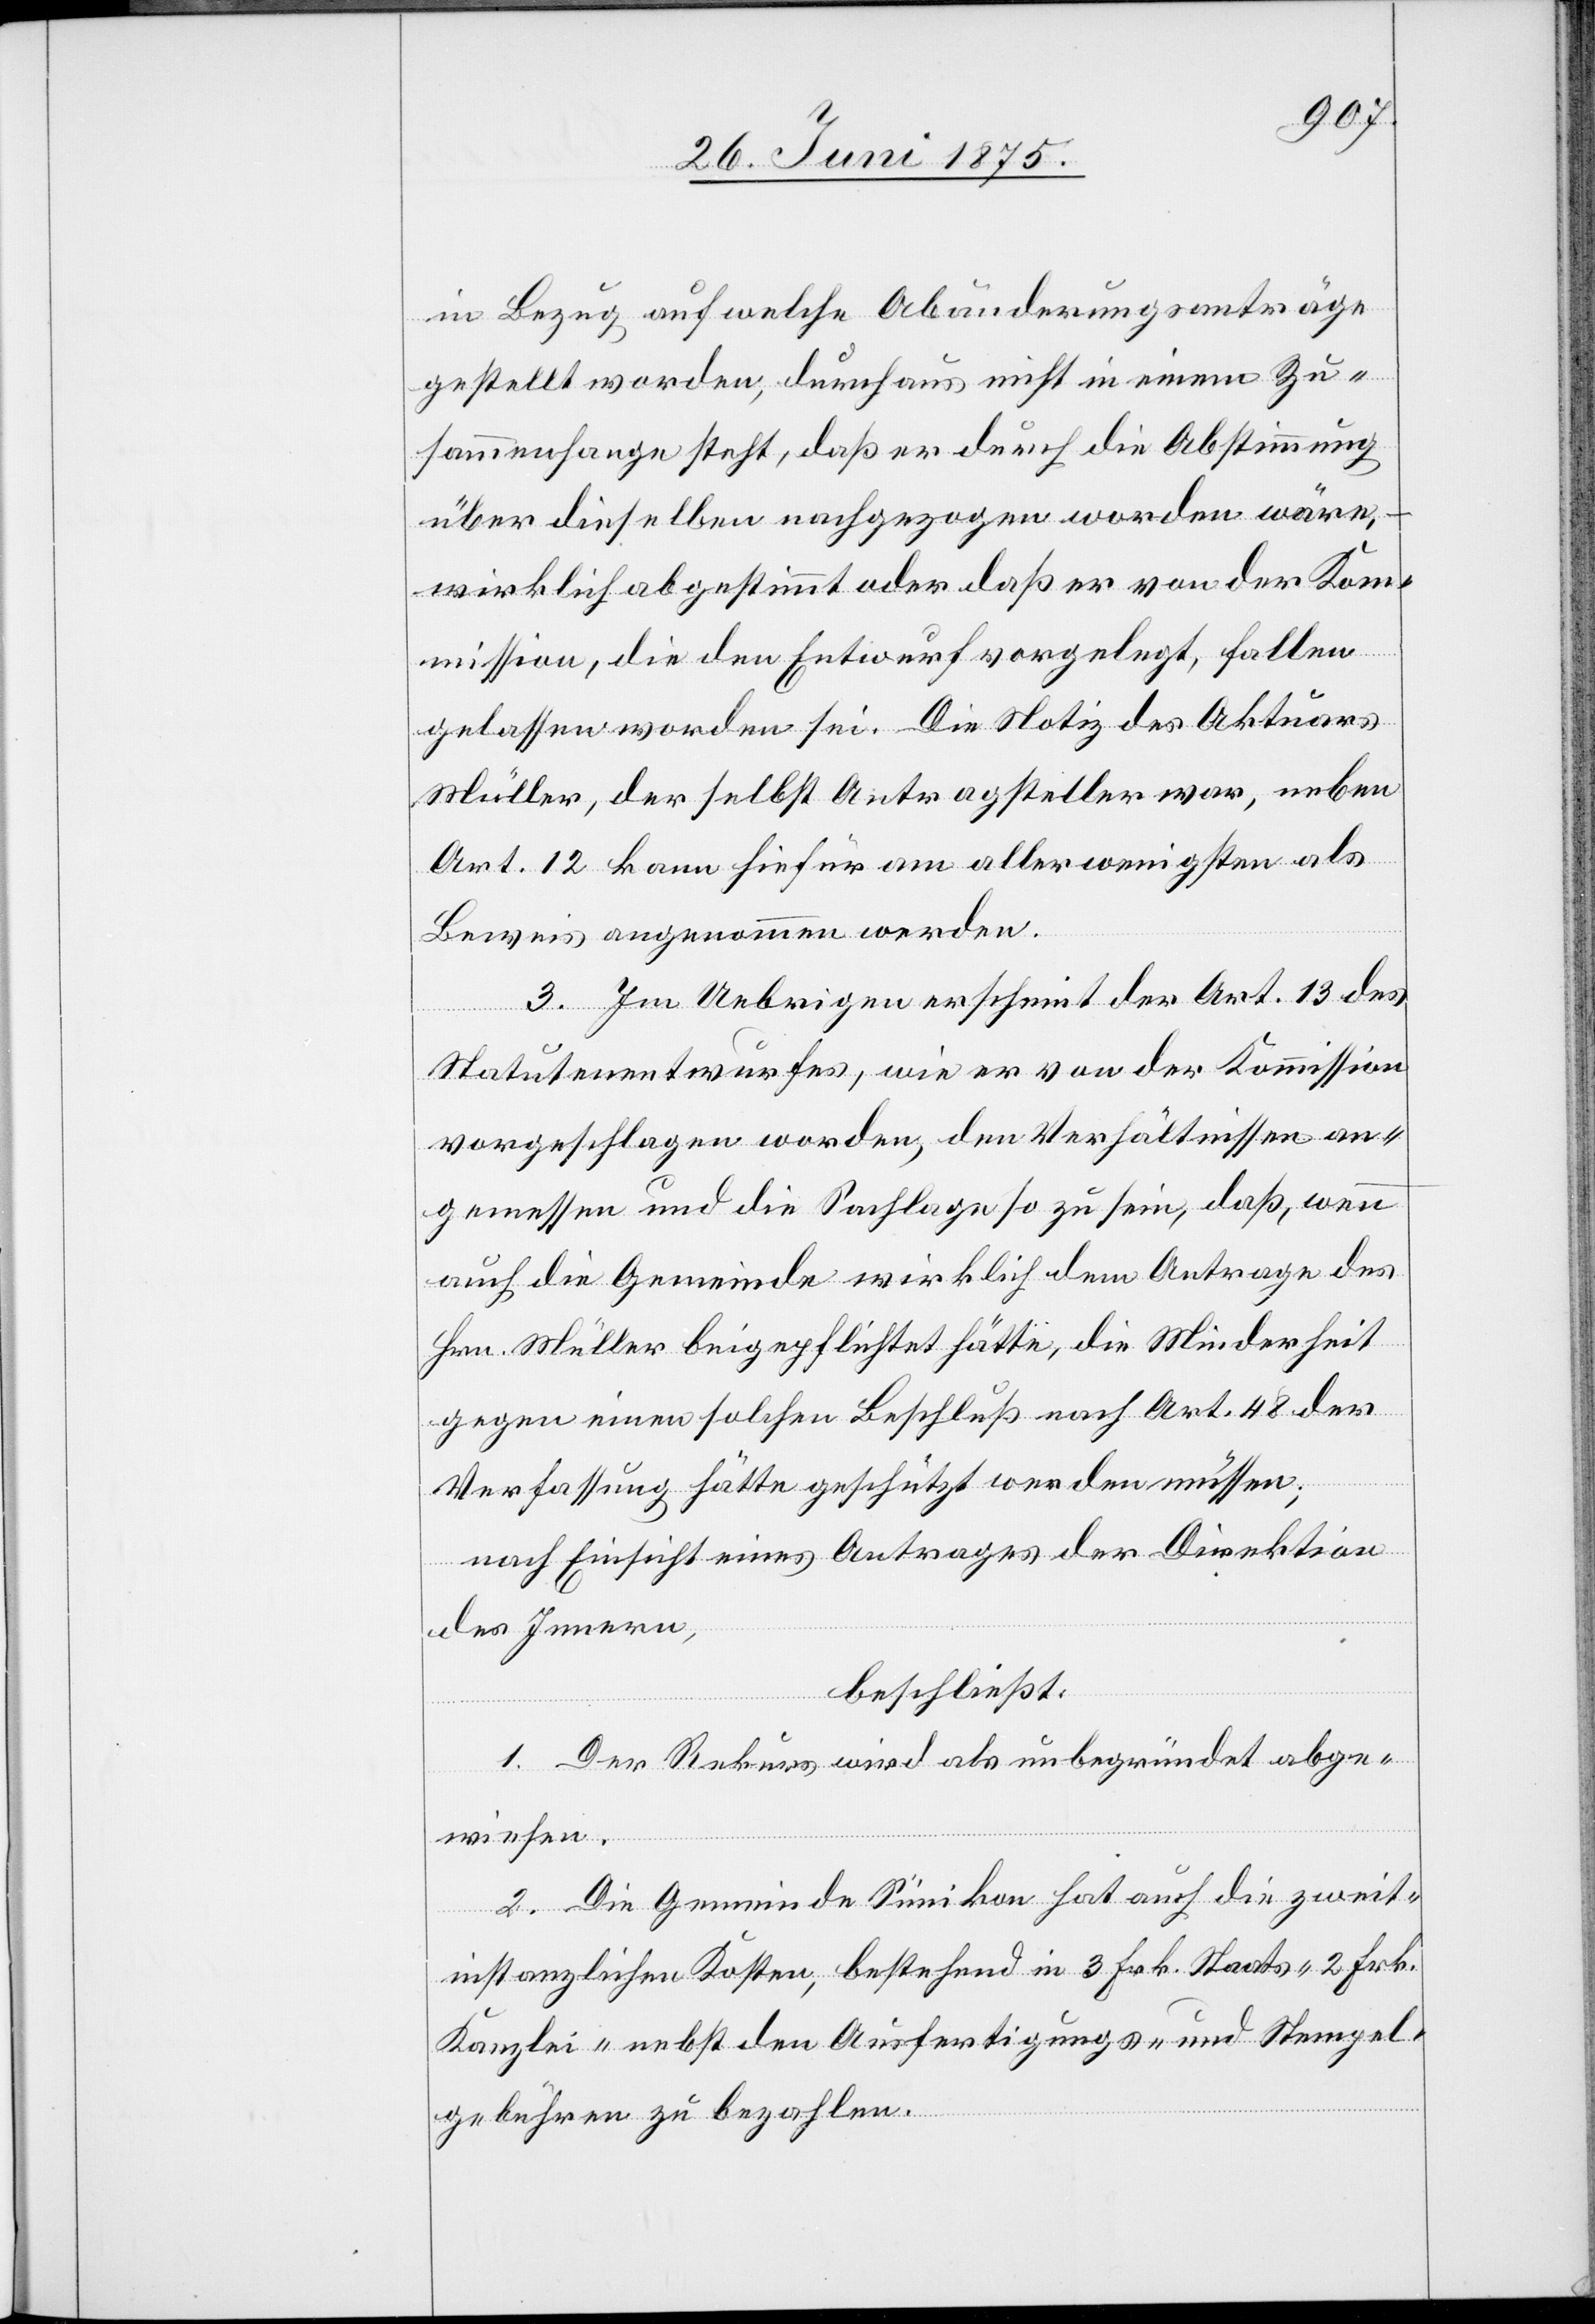
in Bezug auf welche Abänderungsanträge
gestellt worden, durchaus nicht in einem Zu¬
sammenhang steht, daß er durch die Abstimmung
über dieselben nachgezogen worden wäre,
wirklich abgestimmt oder daß er von der Kom¬
mission, die den Entwurf vorgelegt, fallen
gelassen worden sei. Die Notiz des Aktuars
Müller, der selbst Antragsteller war, neben
Art. 12 kann hiefür am aller wenigsten als
Beweis angenommen werden.
3. Im Uebrigen erscheint der Art. 13 des
Statutenentwurfes, wie er von der Kommission
vorgeschlagen worden, den Verhältnissen an¬
gemessen und die Sachlage so zu sein, daß wenn
auch die Gemeinde wirklich dem Antrage des
Hrn. Müller beigepflichtet hätte, die Minderheit
gegen einen solchen Beschluß nach Art. 48 der
Verfassung hätte gestützt werden müssen;
nach Einsicht eines Antrages der Direktion
des Innern,
beschließt:
1. Der Rekurs wird als unbegründet abge¬
wiesen.
2. Die Gemeinde Sünikon hat auch die zweit¬
instanzlichen Kosten, bestehend in 3 Frk. Staats- 2 Frk.
Kanzlei- nebst den Ausfertigungs- und Stempel¬
gebühren zu bezahlen.